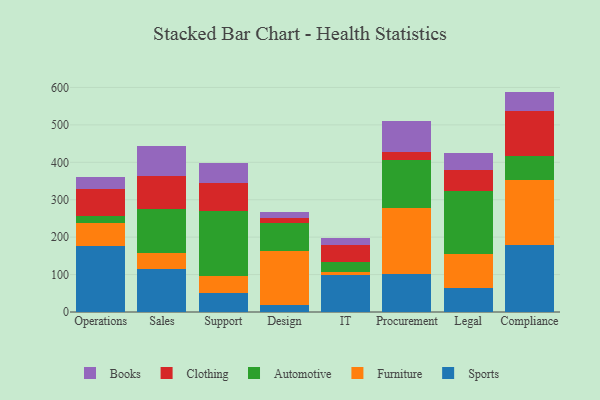
{"axis": {"x": "Department", "y": "Bounce Rate (%)"}, "legend": ["Automotive", "Books", "Clothing", "Furniture", "Sports"], "data": [{"x": "Operations", "y": 175.8, "type": "Sports"}, {"x": "Operations", "y": 61.8, "type": "Furniture"}, {"x": "Operations", "y": 18.7, "type": "Automotive"}, {"x": "Operations", "y": 72.1, "type": "Clothing"}, {"x": "Operations", "y": 33.4, "type": "Books"}, {"x": "Sales", "y": 115.2, "type": "Sports"}, {"x": "Sales", "y": 42.5, "type": "Furniture"}, {"x": "Sales", "y": 117.5, "type": "Automotive"}, {"x": "Sales", "y": 89.3, "type": "Clothing"}, {"x": "Sales", "y": 78.3, "type": "Books"}, {"x": "Support", "y": 51.8, "type": "Sports"}, {"x": "Support", "y": 44.9, "type": "Furniture"}, {"x": "Support", "y": 174.3, "type": "Automotive"}, {"x": "Support", "y": 72.4, "type": "Clothing"}, {"x": "Support", "y": 55.4, "type": "Books"}, {"x": "Design", "y": 18.1, "type": "Sports"}, {"x": "Design", "y": 146.0, "type": "Furniture"}, {"x": "Design", "y": 73.4, "type": "Automotive"}, {"x": "Design", "y": 13.3, "type": "Clothing"}, {"x": "Design", "y": 17.2, "type": "Books"}, {"x": "IT", "y": 97.6, "type": "Sports"}, {"x": "IT", "y": 9.3, "type": "Furniture"}, {"x": "IT", "y": 25.5, "type": "Automotive"}, {"x": "IT", "y": 47.8, "type": "Clothing"}, {"x": "IT", "y": 17.9, "type": "Books"}, {"x": "Procurement", "y": 100.5, "type": "Sports"}, {"x": "Procurement", "y": 177.0, "type": "Furniture"}, {"x": "Procurement", "y": 127.4, "type": "Automotive"}, {"x": "Procurement", "y": 23.6, "type": "Clothing"}, {"x": "Procurement", "y": 82.2, "type": "Books"}, {"x": "Legal", "y": 63.4, "type": "Sports"}, {"x": "Legal", "y": 92.7, "type": "Furniture"}, {"x": "Legal", "y": 167.1, "type": "Automotive"}, {"x": "Legal", "y": 55.4, "type": "Clothing"}, {"x": "Legal", "y": 47.1, "type": "Books"}, {"x": "Compliance", "y": 178.8, "type": "Sports"}, {"x": "Compliance", "y": 174.0, "type": "Furniture"}, {"x": "Compliance", "y": 63.0, "type": "Automotive"}, {"x": "Compliance", "y": 121.4, "type": "Clothing"}, {"x": "Compliance", "y": 51.7, "type": "Books"}]}